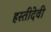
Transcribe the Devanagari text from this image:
हस्तीदेवी